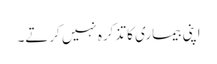
اپنی بیماری کا تذکرہ نہیں کرتے۔